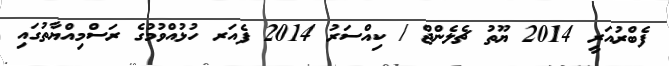
ފެބްރުއަރީ 2014 ޔޫތު ޗެލެންޖް / ކިއްސަރު 2014 ފެއަރ ހުޅުއްވުމުގެ ރަސްމިއްޔާތުގައި